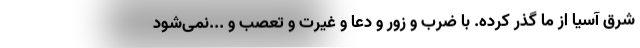
شرق آسیا از ما گذر کرده. با ضرب و زور و دعا و غیرت و تعصب و ...نمی‌شود